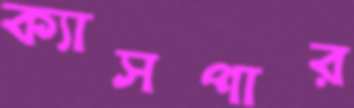
ক্যাসপার